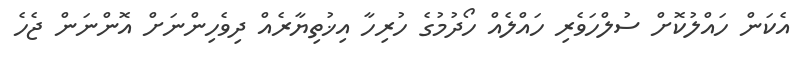
އެކަން ހައްލުކޮށް ސުލްހަވެރި ހައްލެއް ހޯދުމުގެ ހުރިހާ އިޚުތިޔާރެއް ދިވެހިންނަށް އޮންނަން ޖެހެ